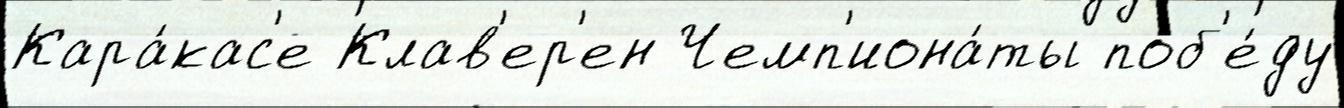
Кара́кас'е Клав'ер'ен Чемп'иона́ты поб'е́ду